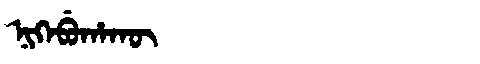
Manchu: ᠨᡳᡴᡝᠪᡠᡥᠠᡴᡡ
Romanization: NIKEBUHAKŪ